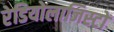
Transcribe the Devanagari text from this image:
रेडियोलाजिस्टों